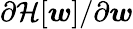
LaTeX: \partial\mathcal{H}[\boldsymbol{w}]/\partial\boldsymbol{w}